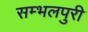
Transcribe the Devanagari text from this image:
सम्भलपुरी